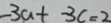
- 3 a + - 3 c = 2